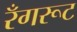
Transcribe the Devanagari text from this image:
रँगरूट